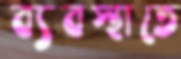
ব্যবস্থাতে